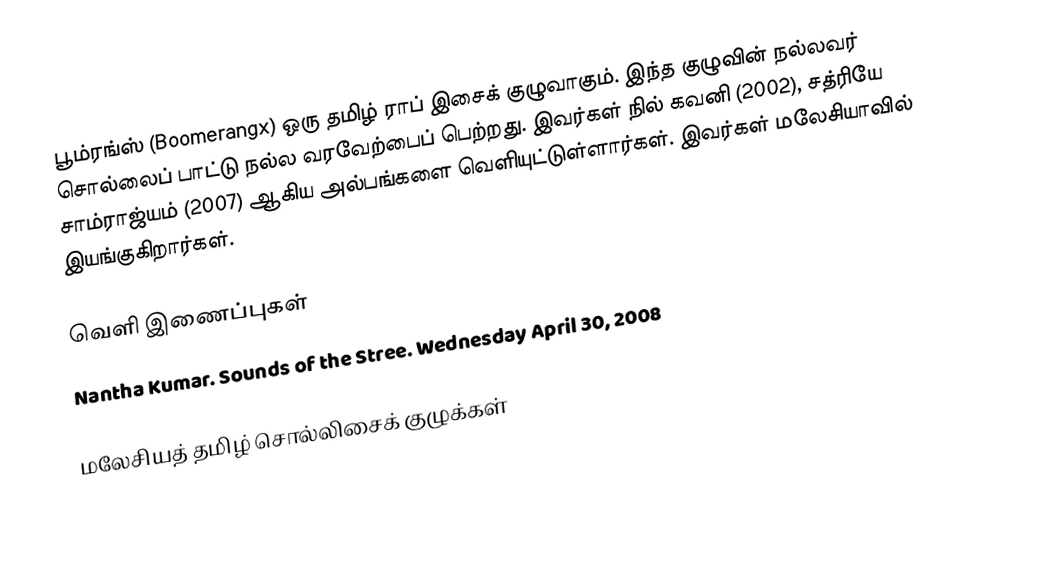
பூம்ரங்ஸ் (Boomerangx) ஒரு தமிழ் ராப் இசைக் குழுவாகும்.  இந்த குழுவின் நல்லவர் சொல்லைப் பாட்டு  நல்ல வரவேற்பைப் பெற்றது.  இவர்கள் நில் கவனி (2002), சத்ரியே சாம்ராஜ்யம் (2007) ஆகிய அல்பங்களை வெளியுட்டுள்ளார்கள். இவர்கள் மலேசியாவில் இயங்குகிறார்கள்.

வெளி இணைப்புகள்
 Nantha Kumar. Sounds of the Stree. Wednesday April 30, 2008

மலேசியத் தமிழ் சொல்லிசைக் குழுக்கள்